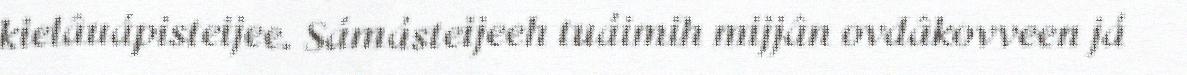
kielâuápisteijee. Sámásteijeeh tuáimih mijjân ovdâkovveen já